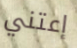
إعتني